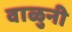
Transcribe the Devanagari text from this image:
वाळुनी